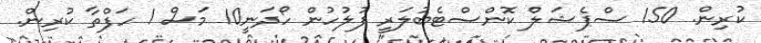
ކުރިން. 150 ސްޕެޝަލް ކޮންސްޓެބުލަރީ ފުލުހުން ހޯދަނީ10 މަސް 1 ހަފްތާ ކުރިން.